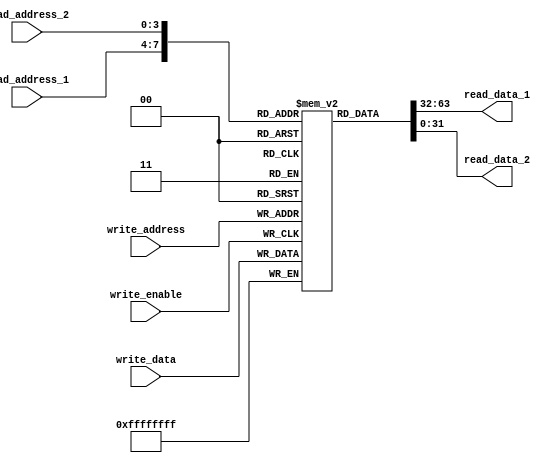
module register_file (
    input [3:0] read_address_1, // address for first read operation
    input [3:0] read_address_2, // address for second read operation
    input [3:0] write_address, // address for write operation
    input write_enable, // enable signal for write operation
    input [31:0] write_data, // data to be written
    output reg [31:0] read_data_1, // data read from first register
    output reg [31:0] read_data_2 // data read from second register
);

reg [31:0] registers [15:0]; // declaring 16 registers, each capable of storing 32 bits of data

always @ (posedge write_enable) begin
    if (write_enable) begin
        registers[write_address] <= write_data; // writing data to the specified register
    end
end

always @ (*) begin
    read_data_1 <= registers[read_address_1]; // reading data from first register
    read_data_2 <= registers[read_address_2]; // reading data from second register
end

endmodule